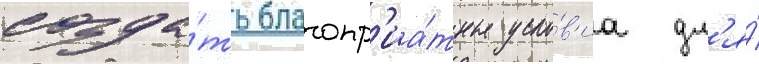
созда́ть благопр'иа́тные усло́в'иа дл'я́